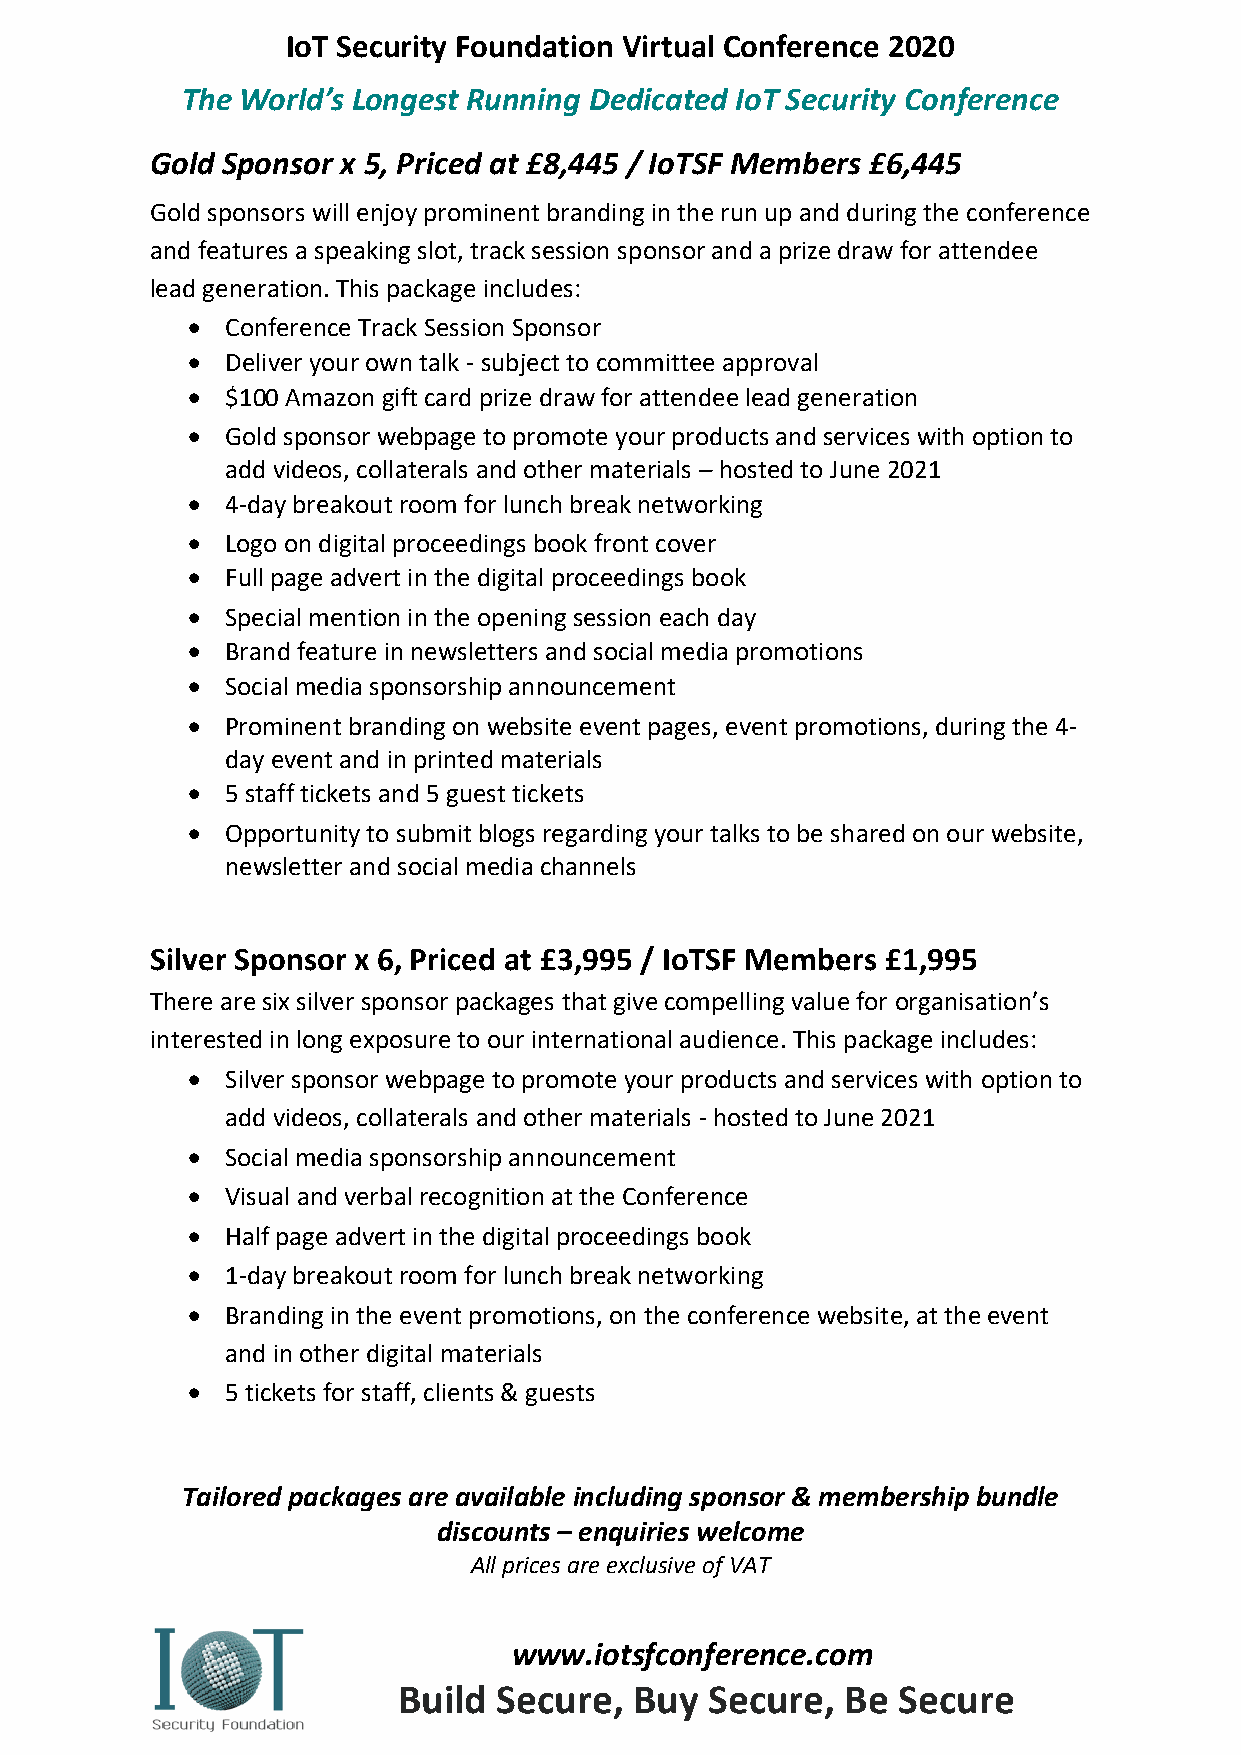
IoT Security Foundation Virtual Conference 2020
 The World’s Longest Running Dedicated IoT Security Conference
 Gold Sponsor x 5, Priced at £8,445 / IoTSF Members £6,445
 Gold sponsors will enjoy prominent branding in the run up and during the conference
 and features a speaking slot, track session sponsor and a prize draw for attendee
 lead generation. This package includes:
 •  Conference Track Session Sponsor
 •  Deliver your own talk - subject to committee approval
 •  $100 Amazon gift card prize draw for attendee lead generation
 •  Gold sponsor webpage to promote your products and services with option to
 add videos, collaterals and other materials – hosted to June 2021
 •  4-day breakout room for lunch break networking
 •  Logo on digital proceedings book front cover
 •  Full page advert in the digital proceedings book
 •  Special mention in the opening session each day
 •  Brand feature in newsletters and social media promotions
 •  Social media sponsorship announcement
 •  Prominent branding on website event pages, event promotions, during the 4-
 day event and in printed materials
 •  5 staff tickets and 5 guest tickets
 •  Opportunity to submit blogs regarding your talks to be shared on our website,
 newsletter and social media channels
 Silver Sponsor x 6, Priced at £3,995 / IoTSF Members £1,995
 There are six silver sponsor packages that give compelling value for organisation’s
 interested in long exposure to our international audience. This package includes:
 •  Silver sponsor webpage to promote your products and services with option to
 add videos, collaterals and other materials - hosted to June 2021
 •  Social media sponsorship announcement
 •  Visual and verbal recognition at the Conference
 •  Half page advert in the digital proceedings book
 •  1-day breakout room for lunch break networking
 •  Branding in the event promotions, on the conference website, at the event
 and in other digital materials
 •  5 tickets for staff, clients & guests
 Tailored packages are available including sponsor & membership bundle
 discounts – enquiries welcome
 All prices are exclusive of VAT
 www.iotsfconference.com
 Build  Secure,  Buy  Secure,  Be Secure